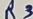
Text: R3